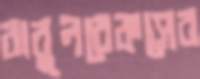
বাবুলরেকসের